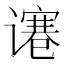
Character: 𰶋